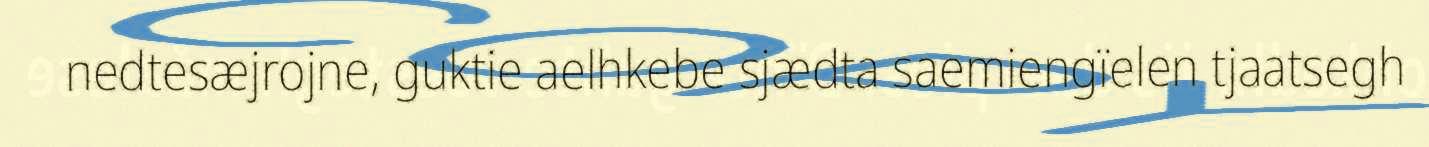
nedtesæjrojne, guktie aelhkebe sjædta saemiengïelen tjaatsegh